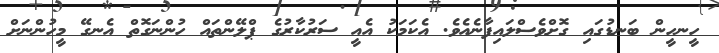
ހީނހީން ބަނޑުގައި ގޮށްވެސްލައިފާނެއެވެ. އެކަމަކު އެއީ ސަރުކާރުގެ ޕްލޭންތައް ހުންނަގޮތް އެނގޭ މީހުންނަށް